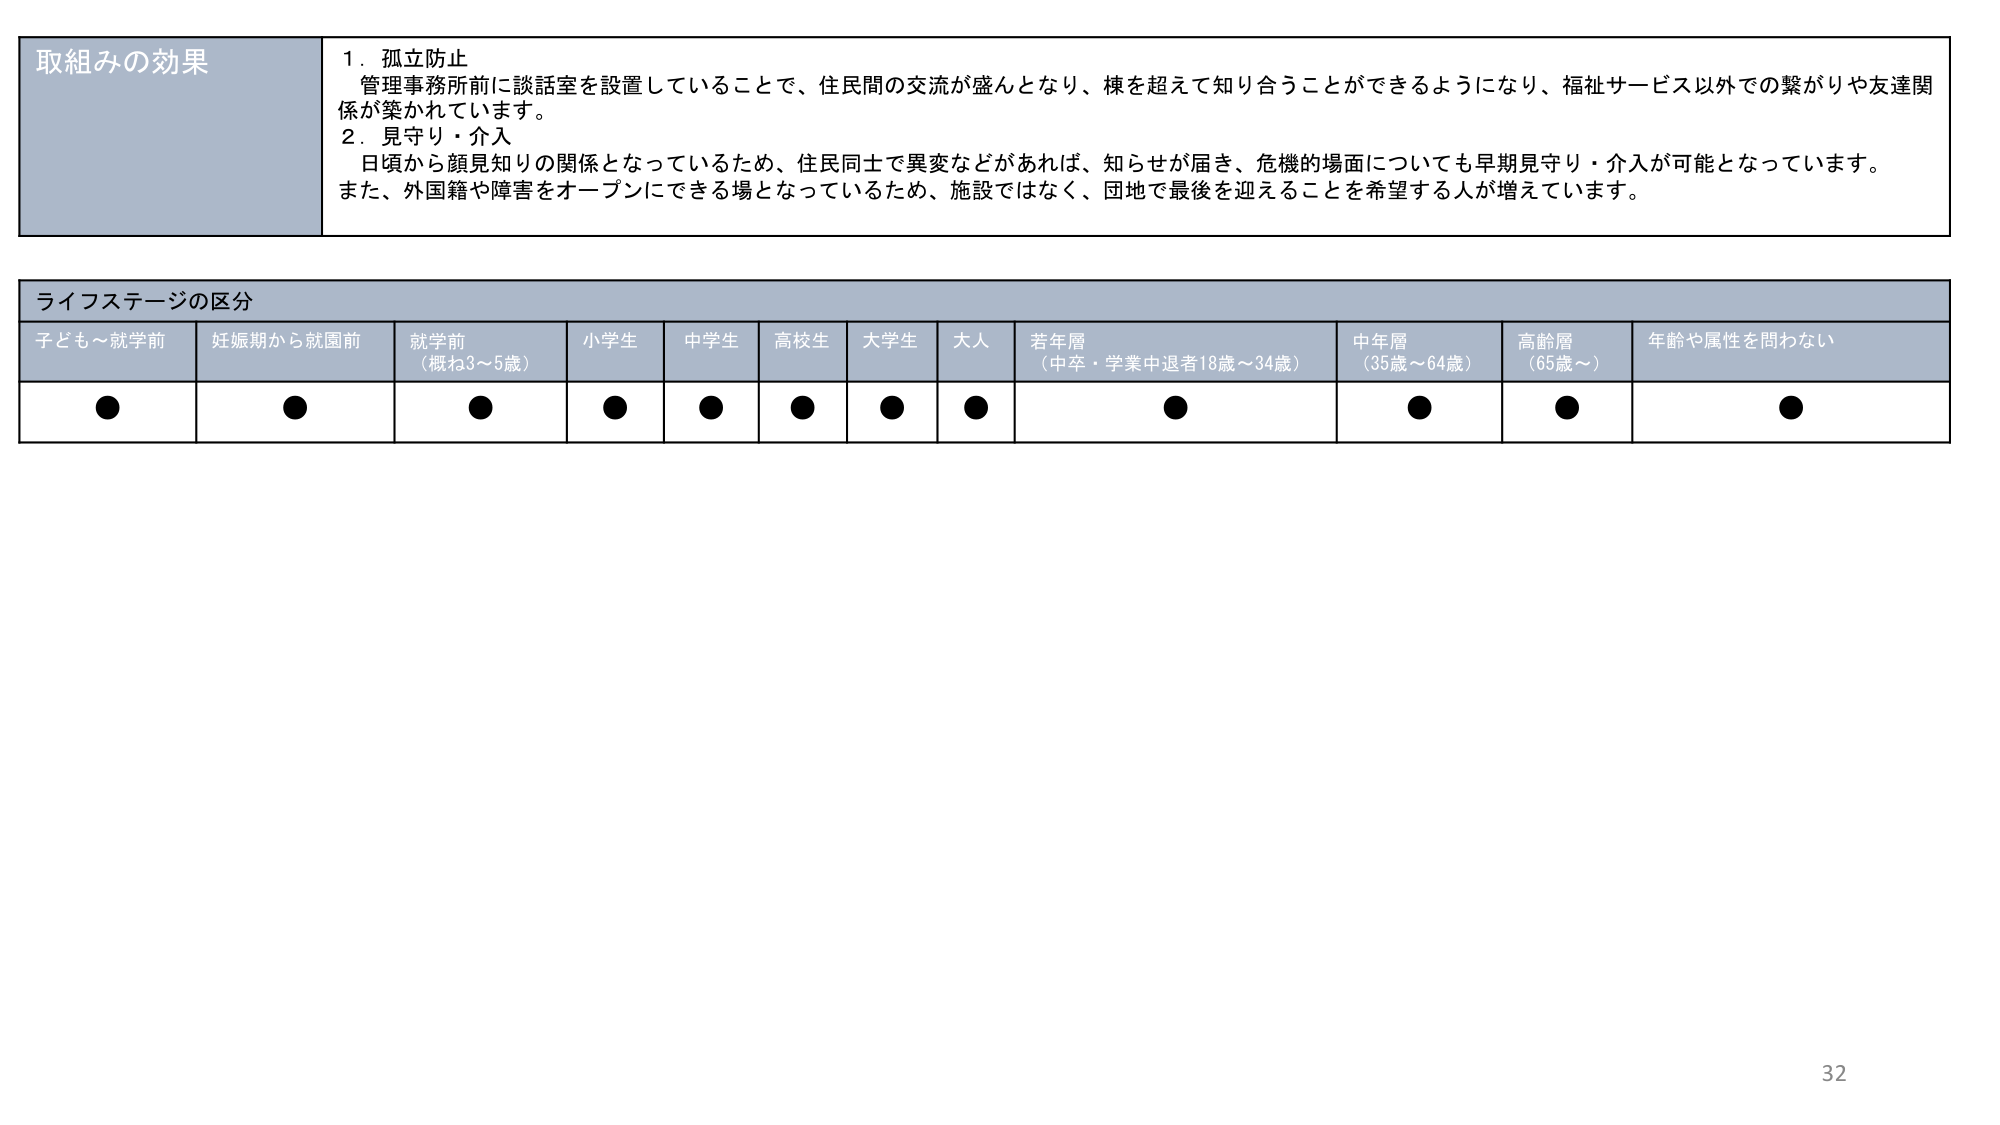
取組みの効果
1．孤立防止
管理事務所前に談話室を設置していることで、住民間の交流が盛んとなり、棟を超えて知り合うことができるようになり、福祉サービス以外での繋がりや友達関係が築かれています。
2．見守り・介入
日頃から顔見知りの関係となっているため、住民同士で異変などがあれば、知らせが届き、危機的場面についても早期見守り・介入が可能となっています。
また、外国籍や障害をオープンにできる場となっているため、施設ではなく、団地で最後を迎えることを希望する人が増えています。

ライフステージの区分
子ども～就学前　妊娠期から就園前　就学前（概ね3～5歳）　小学生　中学生　高校生　大学生　大人　若年層（中卒・学業中退者18歳～34歳）　中年層（35歳～64歳）　高齢層（65歳～）　年齢や属性を問わない
●　●　●　●　●　●　●　●　●　●　●　●

32